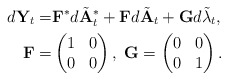
\begin{align*}d\mathbf{Y}_t =& \mathbf{F}^{\ast}d\tilde{\mathbf{A}}_t^{\ast} +\mathbf{F}d\tilde{\mathbf{A}}_t+ \mathbf{G}d\tilde{\mathbf{\lambda}}_t, \\\mathbf{F} =& \begin{pmatrix}1 & 0\\ 0 & 0\end{pmatrix} ,\; \mathbf{G} = \begin{pmatrix}0 & 0\\ 0 & 1\end{pmatrix}.\end{align*}